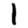
Digit: 1